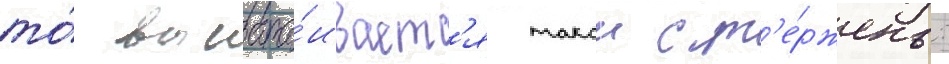
то́ выстра́иваетс'я такои ст'е́ржень: